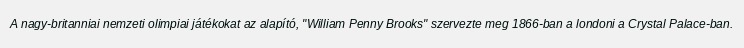
A nagy-britanniai nemzeti olimpiai játékokat az alapító, "William Penny Brooks" szervezte meg 1866-ban a londoni a Crystal Palace-ban.